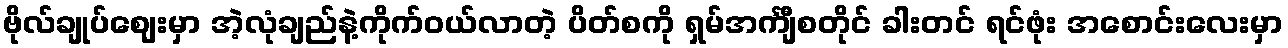
ဗိုလ်ချုပ်ဈေးမှာ အဲ့လုံချည်နဲ့ကိုက်၀ယ်လာတဲ့ ပိတ်စကို ရှမ်အင်္ကျီစတိုင် ခါးတင် ရင်ဖုံး အစောင်းလေးမှာ